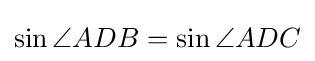
{\sin \angle ADB}={\sin \angle ADC}